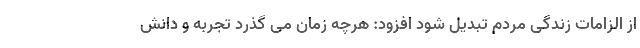
از الزامات زندگی مردم تبدیل شود افزود: هرچه زمان می گذرد تجربه و دانش